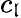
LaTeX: c_{\mathfrak{l}}